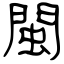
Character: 閩